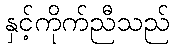
နှင့်ကိုက်ညီသည်